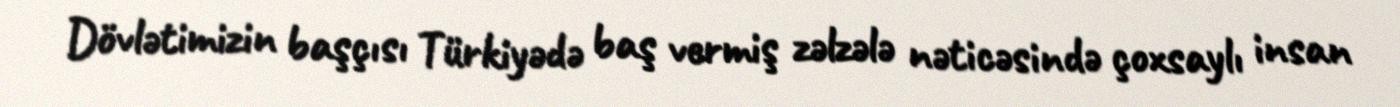
Dövlətimizin başçısı Türkiyədə baş vermiş zəlzələ nəticəsində çoxsaylı insan